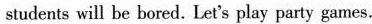
students will be bored. Let's play party games.